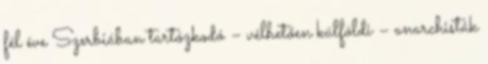
fél éve Szerbiában tartózkodó – vélhetően külföldi – anarchisták